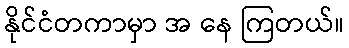
နိုင်ငံတကာမှာ အ နေ ကြတယ်။